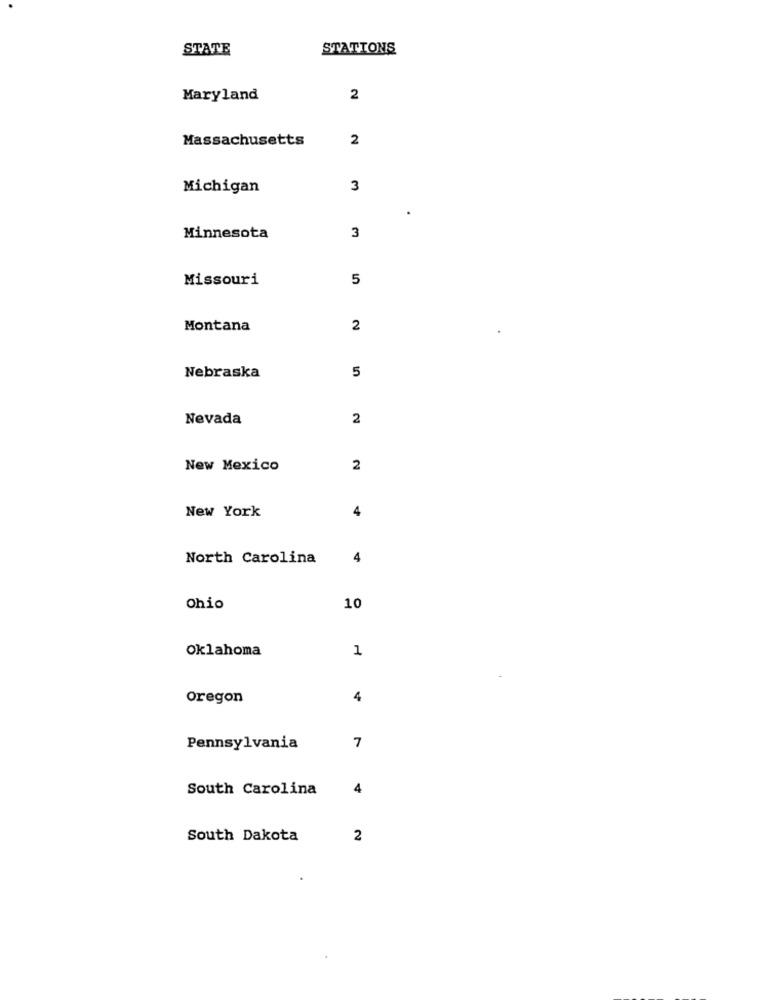
STATE
STATIONS
Maryland
2
Massachusetts
2
Michigan
3
3
Minnesota
Missouri
5
Montana
2
5
Nebraska
Nevada
2
New Mexico
2
4
New York
North Carolina
4
Ohio
10
Oklahoma
1
Oregon
4
Pennsylvania
7
South Carolina
4
South Dakota
2